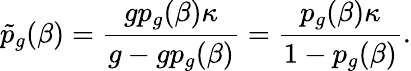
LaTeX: \tilde{p}_{g}(\beta)=\frac{gp_{g}(\beta)\kappa}{g-gp_{g}(\beta)}=\frac{p_{g}(\beta)\kappa}{1-p_{g}(\beta)}.